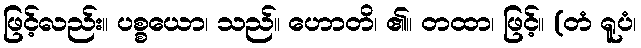
ဖြင့်လည်း။ ပစ္စယော၊ သည်။ ဟောတိ၊ ၏။ တထာ၊ ဖြင့်။ (တံ ရူပံ၊